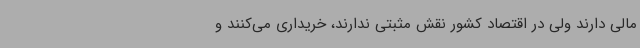
مالی دارند ولی در اقتصاد کشور نقش مثبتی ندارند، خریداری می‌کنند و